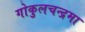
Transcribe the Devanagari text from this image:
गोकुलचन्द्रमा